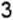
3